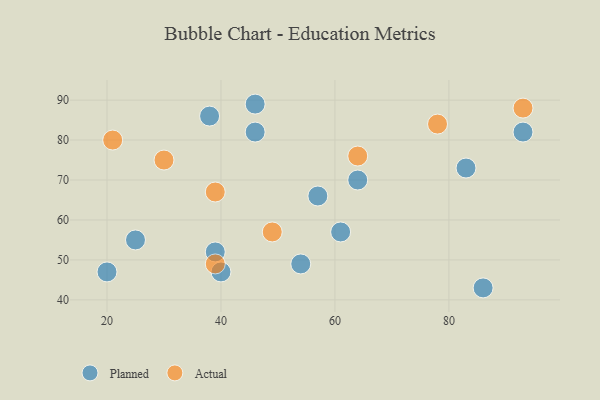
{"axis": {"x": "GDP", "y": "Life Expectancy"}, "legend": ["Actual", "Planned"], "data": [{"x": "39", "y": 52, "type": "Planned"}, {"x": "86", "y": 43, "type": "Planned"}, {"x": "61", "y": 57, "type": "Planned"}, {"x": "25", "y": 55, "type": "Planned"}, {"x": "83", "y": 73, "type": "Planned"}, {"x": "54", "y": 49, "type": "Planned"}, {"x": "46", "y": 82, "type": "Planned"}, {"x": "46", "y": 89, "type": "Planned"}, {"x": "40", "y": 47, "type": "Planned"}, {"x": "38", "y": 86, "type": "Planned"}, {"x": "64", "y": 70, "type": "Planned"}, {"x": "93", "y": 82, "type": "Planned"}, {"x": "57", "y": 66, "type": "Planned"}, {"x": "20", "y": 47, "type": "Planned"}, {"x": "93", "y": 88, "type": "Actual"}, {"x": "78", "y": 84, "type": "Actual"}, {"x": "30", "y": 75, "type": "Actual"}, {"x": "39", "y": 49, "type": "Actual"}, {"x": "39", "y": 67, "type": "Actual"}, {"x": "64", "y": 76, "type": "Actual"}, {"x": "49", "y": 57, "type": "Actual"}, {"x": "21", "y": 80, "type": "Actual"}]}